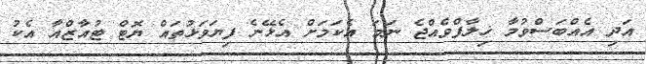
އަދި އެއްބަސްވުމާ ޚިލާފްވެއްޖެ ނަމަ އެކަމަށް އެޅޭނެ ފިޔަވަޅުތައް ޔޮޓް ޓުއާޒްއާ އެކު